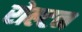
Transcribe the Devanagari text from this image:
रोल्टन